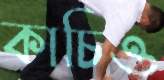
কাচিও